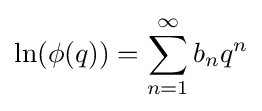
\ln(\phi (q))=\sum _{n=1}^{\infty }b_{n}q^{n}